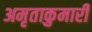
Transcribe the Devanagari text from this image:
अमृताकुमारी